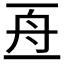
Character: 𠄭